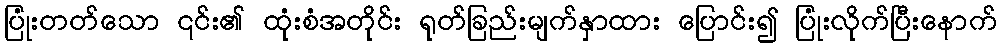
ပြုံးတတ်သော ၎င်း၏ ထုံးစံအတိုင်း ရုတ်ခြည်းမျက်နှာထား ပြောင်း၍ ပြုံးလိုက်ပြီးနောက်